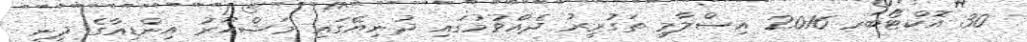
30 އޮކްޓޯބަރ 2016 އިސްލާމީ ތަގުރީރު ދެއްވުމުގައި ދުނިިޔޭގައި މަޝްހޫރު އިންޑިއާގެ ދީނީ